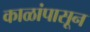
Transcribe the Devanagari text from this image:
काळांपासून